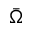
\bar { \Omega }